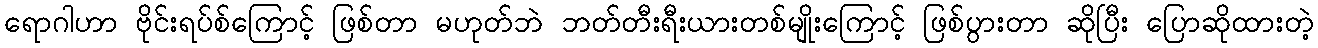
ရောဂါဟာ ဗိုင်းရပ်စ်ကြောင့် ဖြစ်တာ မဟုတ်ဘဲ ဘတ်တီးရီးယားတစ်မျိုးကြောင့် ဖြစ်ပွားတာ ဆိုပြီး ပြောဆိုထားတဲ့